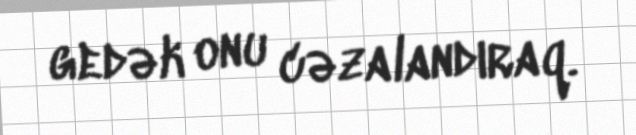
gedək onu cəzalandıraq.